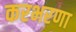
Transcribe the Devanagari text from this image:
करभरणा